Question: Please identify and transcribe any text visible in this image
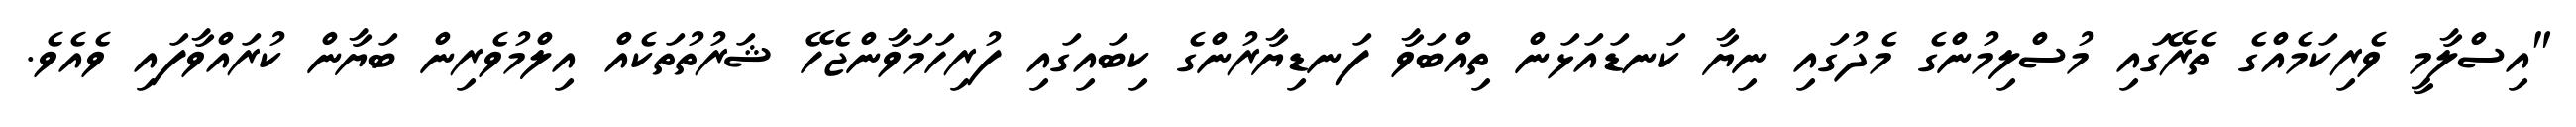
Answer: "އިސްލާމީ ވެރިކަމެއްގެ ތެރޭގައި މުސްލިމުންގެ މެދުގައި ނިޔާ ކަނޑައަޅަން ތިއްބަވާ ފަނޑިޔާރުންގެ ކިބައިގައި ފުރިހަމަވާންޖެހޭ ޝަރުތުތަކެއް އިލްމުވެރިން ބަޔާން ކުރައްވާފައި ވެއެވެ.